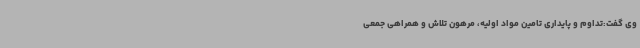
وی گفت:تداوم و پایداری تامین مواد اولیه، مرهون تلاش و همراهی جمعی